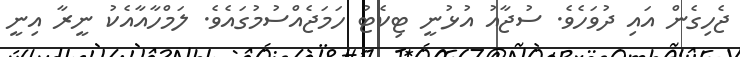
ޖެހިގެން އައި ދުވަހެވެ. ސުޖާއު އުޅުނީ ޓިކެޓު ހަމަޖެއްސުމުގައެވެ. ލަމްހާއާއެކު ނީރާ އިނީ